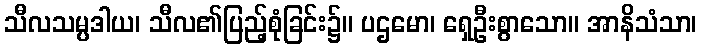
သီလသမ္ပဒါယ၊ သီလ၏ပြည့်စုံခြင်း၌။ ပဌမော၊ ရှေဦးစွာသော။ အာနိသံသာ၊